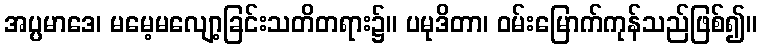
အပ္ပမာဒေ၊ မမေ့မလျော့ခြင်းသတိတရား၌။ ပမုဒိတာ၊ ဝမ်းမြောက်ကုန်သည်ဖြစ်၍။